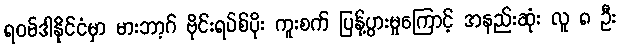
ရဝမ်ဒါနိုင်ငံမှာ မားဘာ့ဂ် ဗိုင်းရပ်စ်ပိုး ကူးစက် ပြန့်ပွားမှုကြောင့် အနည်းဆုံး လူ ၈ ဦး